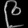
Digit: ၉